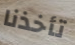
تأخذنا